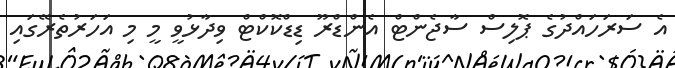
އެ ސަރަހައްދުގެ ޕޮލިސް ސާޖެންޓް އެންޑްރޫ ޑިޑްކޮކްޓް ވިދާޅުވީ މީ މި އަހަރުތެރޭގައި